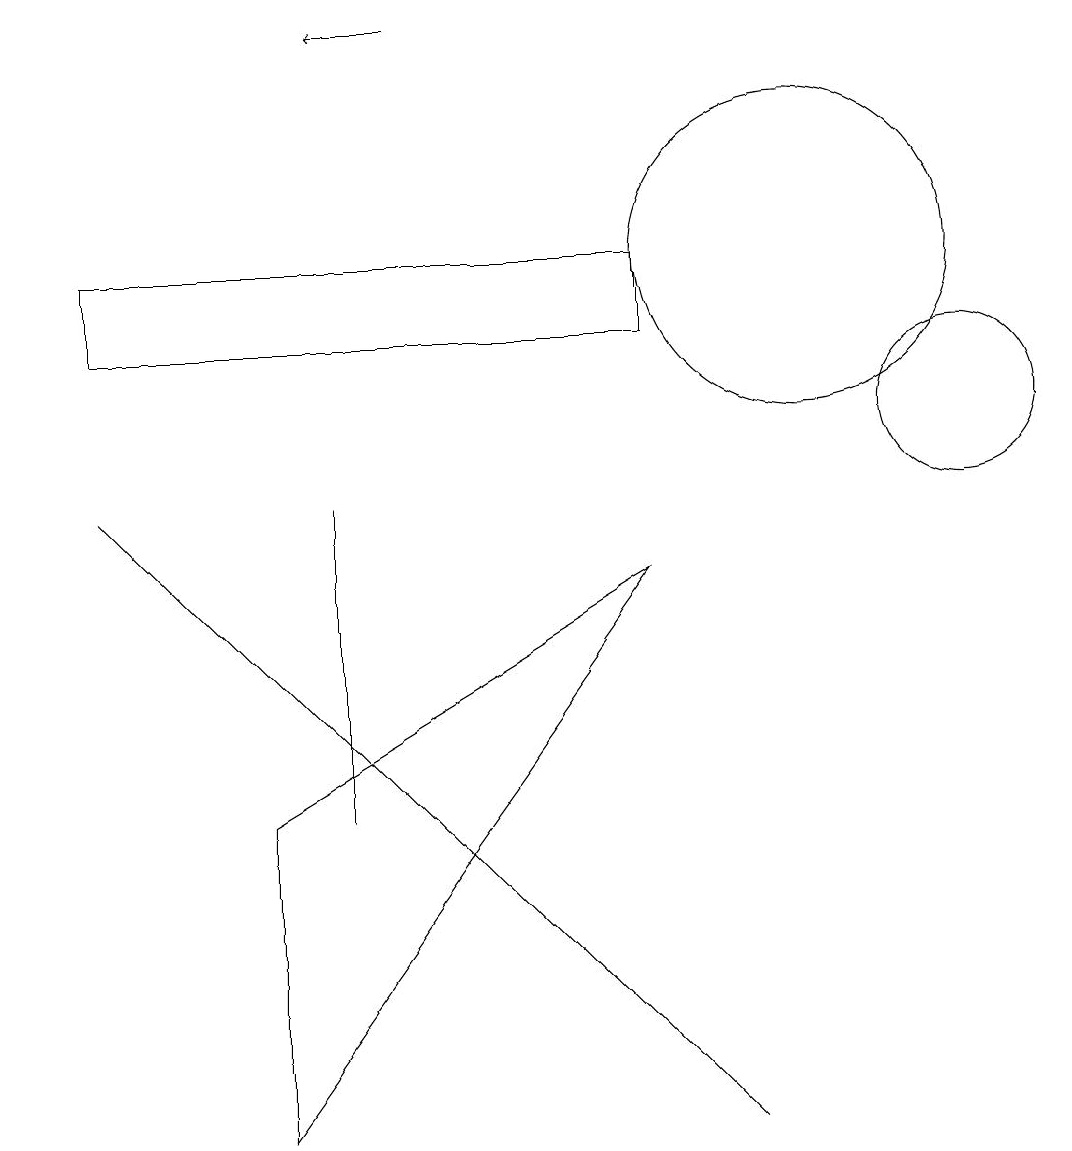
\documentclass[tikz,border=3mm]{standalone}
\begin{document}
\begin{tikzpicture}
\draw (8,12) rectangle (1,11);
\draw[->] (5,15) -- (4,15);
\draw[->] (0,14) -- (0,14);
\draw (4,9) -- (4,5) -- (4,7) -- cycle;
\draw (12,10) circle (1);
\draw (3,1) -- (3,5) -- (8,8) -- cycle;
\draw (9,1) -- (1,9) -- (5,5) -- cycle;
\draw (10,12) circle (2);
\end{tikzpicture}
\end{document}